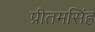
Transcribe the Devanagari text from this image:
प्रीतमसिंह